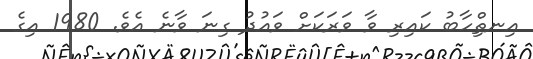
އިނތްިހާބު ކައިރި ވާ ވަރަކަށް ވައުދު ގިނަ ވާނެ އެވެ. 1980 އިގެ